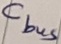
Text: Cbus